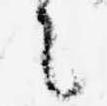
言